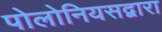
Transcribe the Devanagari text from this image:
पोलोनियसद्वारा